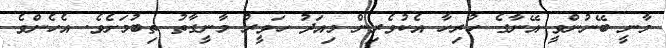
މާނީ ބޭނުންވީ އޭނާގެ ހުރިހާ އެކުވެރިން މިއަދު ހަވީރު މާނީގާތު ތިބުމަށެވެ. އެހެންވެ